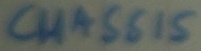
Text: CHASSIS